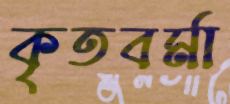
কৃতবর্মা